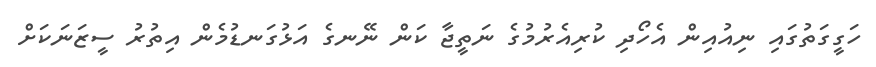
ހަގީގަތުގައި ނިއުއިން އެހޯދި ކުރިއެރުމުގެ ނަތީޖާ ކަން ނޭނގެ އަޅުގަނޑުމެން އިތުރު ސީޒަނަކަށް